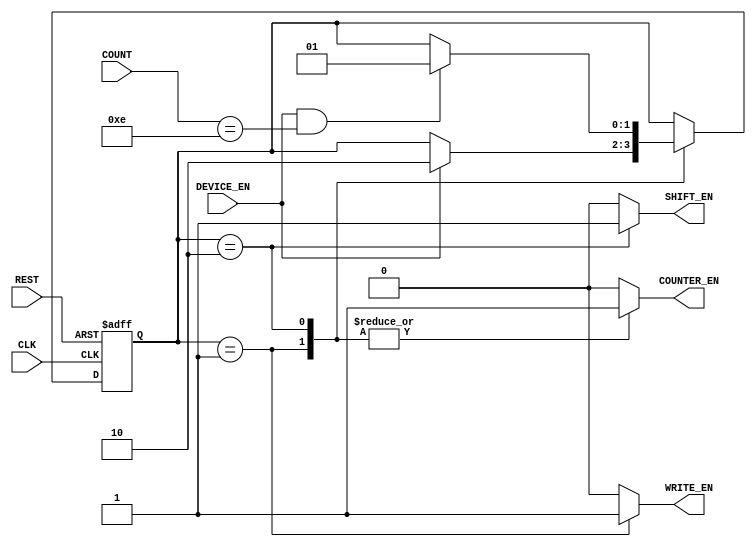
module ENCODING_CONTROLLER(
input CLK,
input REST,
input DEVICE_EN ,
input[3:0] COUNT ,
output reg COUNTER_EN ,
output reg WRITE_EN,
output reg SHIFT_EN 
);
reg[1:0] STATE  ; 
`define IDEAL            0
`define WEITE            1
`define SHIFT            2
always @(*)
begin
SHIFT_EN = 1'b0;
COUNTER_EN = 1'b0;
WRITE_EN= 1'b0;
case(STATE)
`IDEAL:
begin
    
end
`WEITE:
begin
COUNTER_EN = 1'b1;
WRITE_EN= 1'b1;
end
`SHIFT:
begin
SHIFT_EN = 1'b1;
COUNTER_EN = 1'b1;
end
endcase
end	
/********************************************************************************/
always @(posedge CLK or posedge REST)
begin
if(REST == 1'b1)
STATE<=`WEITE;
else 
case(STATE)
`WEITE: 
begin
if(DEVICE_EN==1'b1)
STATE<=`SHIFT;
end	
`SHIFT: 
begin
if(DEVICE_EN==1'b1&&COUNT==14)
STATE<=`WEITE;
end				
endcase
end 
endmodule